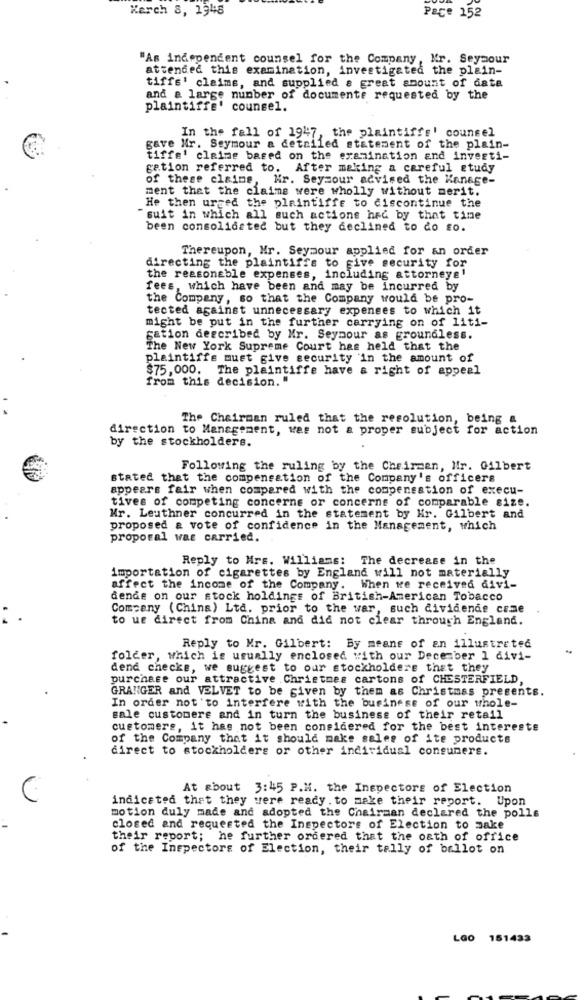
Kerch 8, 1948
Pace 152
"As independent counsel for the Company, Mr. Seymour
attended this examination, investigated the plain-
tiffe' claims, and supplied a great amount of data
and a large number of documente requested by the
plaintiffe' counsel.
In the fall of 1947, the plaintiffs' counsel
gave Nr. Seymour a detailed statement of the plain-
tiffe' claims based on the examination and investi-
gation referred to. After making a careful study
of these claims, Hr. Seymour advised the Kanage-
ment that the claims were wholly without merit.
He then urged the plaintiffe to discontinue the
"suit in which all such actions hed by that time
been consolidated but they declined to do so.
Thereupon, Mr. Seymour applied for an order
directing the plaintiffs to give security for
the reasonable expenses, including attorneys!
fees, which have been and may be incurred by
the Company, so that the Company would be pro-
tected against unnecessary expenses to which it
might be put in the further carrying on of liti-
gation described by Mr. Seymour as groundless.
The New York Supreme Court has held that the
plaintiffe must give security 'in the amount of
$75,000.
The plaintiffe have a right of appeal
from this decision. "
The Chairman ruled that the resolution, being a
direction to Management, was not & proper subject for action
by the stockholders.
Following the ruling by the Chairman, Mr. Gilbert
stated that the compensation of the Company's officers
appears fair when compared with the compensation of execu-
tives of competing concerne or concerns of comparable size.
Mr. Leuthner concurred in the statement by Hr. Gilbert and
proposed & vote of confidence in the Management, which
proposal Was carried.
Reply to Mrs. Williams: The decrease in the
importation of cigarettes by England will not materially
affect the income of the Company. When we received divi-
dende on our stock holdings of British-American Tobacco
Company (China) Ltd. prior to the war, such dividende come
to ue direct from China and did not clear through England.
Reply to Mr. Gilbert: By means of an illustrated
folder, which is usually enclosed with our December 1 divi-
dend checks, we suggest to our stockholders that they
purchase our attractive .Christmes cartons of CHESTERFIELD,
GRANGER and VELVET to be given by them as Christmas presents.
In order not 'to interfere with the business of our whole-
sale customers and in turn the business of their retail
customers, it has not been considered for the best interests
of the Company that it should make sales of ite products
direct to stockholders or other individual consumers.
At about 3:45 P.M. the Inspectors of Election
indicated that they were ready . to make their report. Upon
motion duly made and adopted the Chairman declared the polls
closed and requested the Inspectors of Election to make
their report; he further ordered that the oath of office
of the Inspectors of Election, their tally of ballot on
LGo 151433